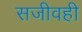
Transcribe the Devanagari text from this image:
सजीवही